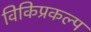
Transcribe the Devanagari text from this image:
विकिप्रकल्प